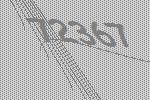
72367